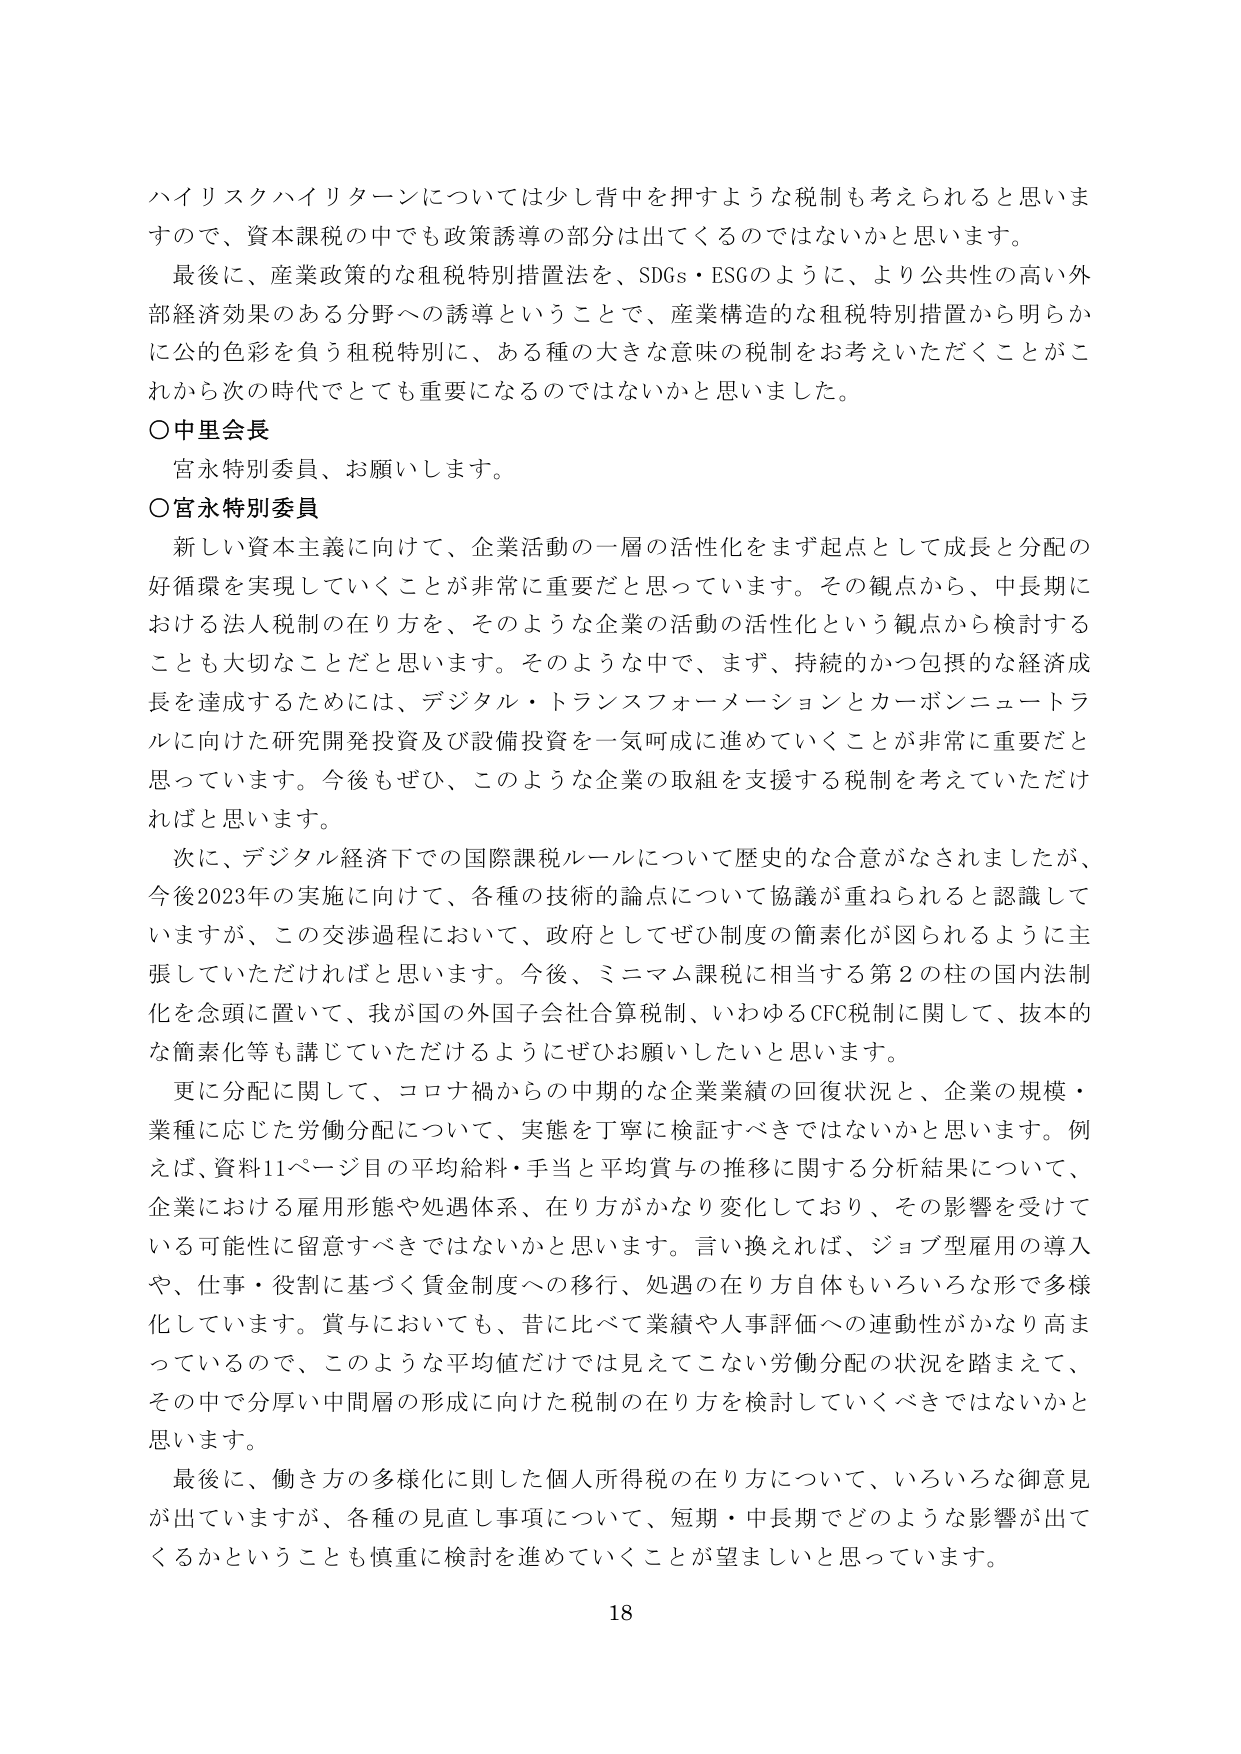
ハイリスクハイリターンについては少し背中を押すような税制も考えられると思いますので、資本課税の中でも政策誘導の部分は出てくるのではないかと思います。

最後に、産業政策的な租税特別措置法を、SDGs・ESGのように、より公共性の高い外部経済効果のある分野への誘導ということで、産業構造的な租税特別措置から明らかに公的色彩を負う租税特別に、ある種の大きな意味の税制をお考えいただくことがこれから次の時代でとても重要になるのではないかと思いました。

〇中里会長
宮永特別委員、お願いします。

〇宮永特別委員
新しい資本主義に向けて、企業活動の一層の活性化をまず起点として成長と分配の好循環を実現していくことが非常に重要だと思っています。その観点から、中長期における法人税制の在り方を、そのような企業の活動の活性化という観点から検討することも大切なことだと思います。そのような中で、まず、持続的かつ包摂的な経済成長を達成するためには、デジタル・トランスフォーメーションとカーボンニュートラルに向けた研究開発投資及び設備投資を一気呵成に進めていくことが非常に重要だと思っています。今後もぜひ、このような企業の取組を支援する税制を考えていただければと思います。

次に、デジタル経済下での国際課税ルールについて歴史的な合意がなされましたが、今後2023年の実施に向けて、各種の技術的論点について協議が重ねられると認識していますが、この交渉過程において、政府としてぜひ制度の簡素化が図られるように主張していただければと思います。今後、ミニマム課税に相当する第2の柱の国内法制化を念頭に置いて、我が国の外国子会社合算税制、いわゆるCFC税制に関して、抜本的な簡素化等も講じていただけるようにぜひお願いしたいと思います。

更に分配に関して、コロナ禍からの中期的な企業業績の回復状況と、企業の規模・業種に応じた労働分配について、実態を丁寧に検証すべきではないかと思います。例えば、資料11ページ目の平均給料・手当と平均賞与の推移に関する分析結果について、企業における雇用形態や処遇体系、在り方がかなり変化しており、その影響を受けている可能性に留意すべきではないかと思います。言い換えれば、ジョブ型雇用の導入や、仕事・役割に基づく賃金制度への移行、処遇の在り方自体もいろいろな形で多様化しています。賞与においても、昔に比べて業績や人事評価への連動性がかなり高まっているので、このような平均値だけでは見えてこない労働分配の状況を踏まえて、その中で分厚い中間層の形成に向けた税制の在り方を検討していくべきではないかと思います。

最後に、働き方の多様化に則した個人所得税の在り方について、いろいろな御意見が出ていますが、各種の見直し事項について、短期・中長期でどのような影響が出てくるかということも慎重に検討を進めていくことが望ましいと思っています。

18